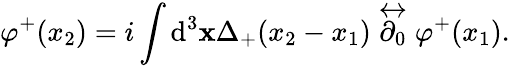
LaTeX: \varphi^{+}(x_{2})=i\int\mathrm{d}^{3}{\mathbf{x}}\Delta_{+}(x_{2}-x_{1})\stackrel{\leftrightarrow}{\partial_{0}}\varphi^{+}(x_{1}).